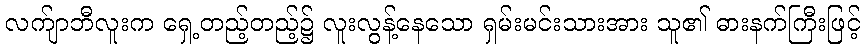
လက်ျာဘီလူးက ရှေ့တည့်တည့်၌ လူးလွန့်နေသော ရှမ်းမင်းသားအား သူ၏ ဓားနက်ကြီးဖြင့်